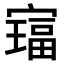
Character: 𫴅